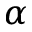
\alpha